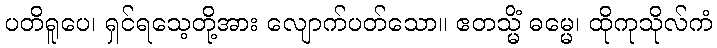
ပတိရူပေ၊ ရှင်ရသေ့တို့အား လျောက်ပတ်သော။ ဧတသ္မိံ ဓမ္မေ၊ ထိုကုသိုလ်ကံ